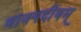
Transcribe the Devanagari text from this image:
वाक्पदीयम्‌